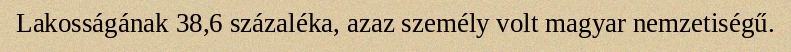
Lakosságának 38,6 százaléka, azaz személy volt magyar nemzetiségű.